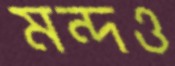
মন্দও